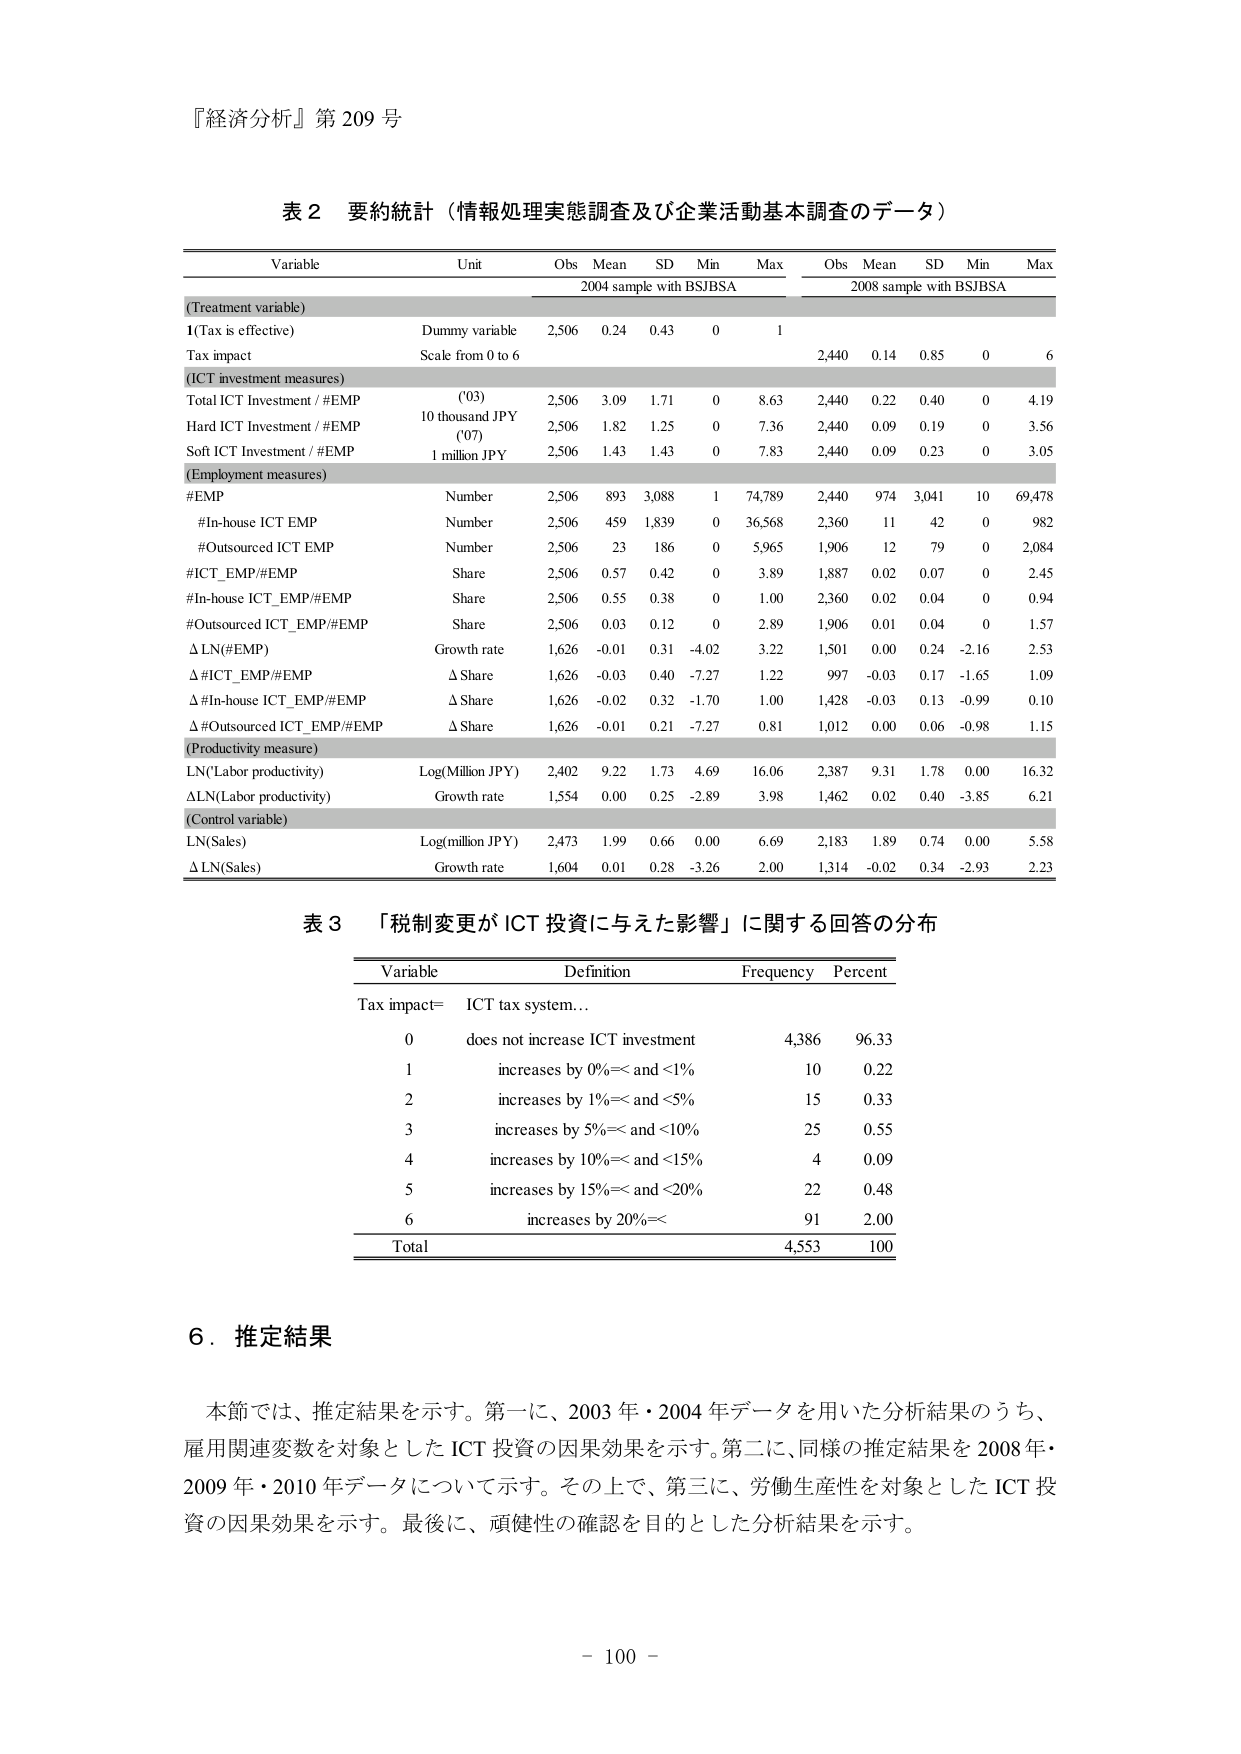
『経済分析』第 209 号

表 2 要約統計（情報処理実態調査及び企業活動基本調査のデータ）

Variable                      Unit                     Obs   Mean   SD   Min   Max         Obs   Mean   SD   Min   Max
                                                                 2004 sample with BSJBSA     2008 sample with BSJBSA
(Treatment variable)
1(Tax is effective)         Dummy variable           2,506  0.24   0.43  0    1         2,440  0.14   0.85  0    6
Tax impact                  Scale from 0 to 6
(ICT investment measures)
Total ICT Investment / #EMP ('03)     10 thousand JPY     2,506  3.09   1.71  0    8.63      2,440  0.22   0.40  0    4.19
Hard ICT Investment / #EMP ('07)    10 thousand JPY     2,506  1.82   1.25  0    7.36      2,440  0.09   0.19  0    3.56
Soft ICT Investment / #EMP        1 million JPY       2,506  1.43   1.43  0    7.83      2,440  0.09   0.23  0    3.05
(Employment measures)
#EMP                        Number                  2,506  893    3,088 1    74,789    2,440  974    3,041 10   69,478
  #In-house ICT EMP         Number                  2,506  459    1,839 0    36,568    2,360  11     42    0    982
  #Outsourced ICT EMP       Number                  2,506  23     186   0    5,965     1,906  12     79    0    2,084
#ICT_EMP/#EMP               Share                   2,506  0.57   0.42  0    3.89      1,887  0.02   0.07  0    2.45
#In-house ICT_EMP/#EMP      Share                   2,506  0.55   0.38  0    1.00      2,360  0.02   0.04  0    0.94
#Outsourced ICT_EMP/#EMP    Share                   2,506  0.03   0.12  0    2.89      1,906  0.01   0.04  0    1.57
Δ LN(#EMP)                  Growth rate             1,626  -0.01  0.31  -4.02 3.22      1,501  0.00   0.24  -2.16 2.53
Δ #ICT_EMP/#EMP             Δ Share                 1,626  -0.03  0.40  -7.27 1.22      997   -0.03  0.17  -1.65 1.09
Δ #In-house ICT_EMP/#EMP    Δ Share                 1,626  -0.02  0.32  -1.70 1.00      1,428 -0.03  0.13  -0.99 0.10
Δ #Outsourced ICT_EMP/#EMP  Δ Share                 1,626  -0.01  0.21  -7.27 0.81      1,012  0.00   0.06  -0.98 1.15
(Productivity measure)
LN(Labor productivity)      Log(Million JPY)        2,402  9.22   1.73  4.69  16.06     2,387  9.31   1.78  0.00  16.32
ΔLN(Labor productivity)     Growth rate             1,554  0.00   0.25  -2.89 3.98      1,462  0.02   0.40  -3.85 6.21
(Control variable)
LN(Sales)                   Log(million JPY)        2,473  1.99   0.66  0.00  6.69      2,183  1.89   0.74  0.00  5.58
Δ LN(Sales)                 Growth rate             1,604  0.01   0.28  -3.26 2.00      1,314 -0.02  0.34  -2.93 2.23

表 3 「税制変更が ICT 投資に与えた影響」に関する回答の分布

Variable                  Definition                          Frequency   Percent
Tax impact=               ICT tax system...
0                         does not increase ICT investment    4,386       96.33
1                         increases by 0%<= and <1%           10          0.22
2                         increases by 1%<= and <5%           15          0.33
3                         increases by 5%<= and <10%          25          0.55
4                         increases by 10%<= and <15%         4           0.09
5                         increases by 15%<= and <20%         22          0.48
6                         increases by 20%<=                  91          2.00
Total                                                     4,553       100

6．推定結果

本節では、推定結果を示す。第一に、2003年・2004年データを用いた分析結果のうち、
雇用関連変数を対象とした ICT 投資の因果効果を示す。第二に、同様の推定結果を 2008年・
2009年・2010年データについて示す。その上で、第三に、労働生産性を対象とした ICT 投
資の因果効果を示す。最後に、頑健性の確認を目的とした分析結果を示す。

- 100 -